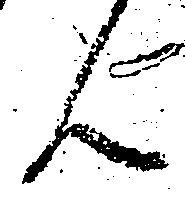
ん